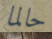
حالما